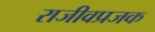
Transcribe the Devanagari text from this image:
राजीवप्रजक